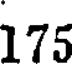
175